Insane asylums in Bengal annual reports 1867-1875 - 1867-1875
Year: 1867
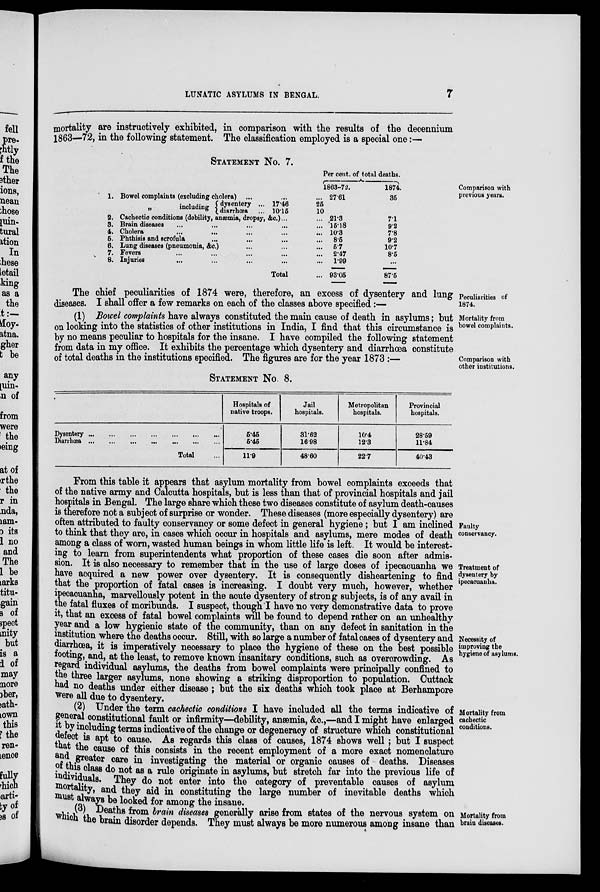
LUNATIC ASYLUMS IN BENGAL.
7
mortality are instructively exhibited, in comparison with the results of the decennium
1863—72, in the following statement. The classification employed is a special one:—
Comparison with
previous years.
STATEMENT No. 7.
1. Bowel complaints (excluding cholera) ... ...
„
including
dysentery ... 17.46
diarrhœa
... 10.15
2. Cachectic conditions (debility, anæmia, dropsy, &c.) ...
3. Brain diseases ... ... ... ...
4. Cholera ... ... ... ...
6. Phthisis and scrofula ... ... ...
6. Lung diseases (pneumonia, &c.) ... ...
7. Fevers ... ... ... ...
8. Injuries ... ... ... ...
Total
Per cent. of total deaths.
1863-72.
... 27.61
25
10
... 213
... 15.18
... 10.3
...
8.5
...
5.7
...
2.47
...
1.99
... 93.05
1874.
35
7.1
9.2
7.8
9.2
10.7
8.5
...
87.5
Peculiarities of
1874.
The chief peculiarities of 1874 were, therefore, an excess of dysentery and lung
diseases. I shall offer a few remarks on each of the classes above specified :—
Mortality from
bowel complaints.
(1) Bowel complaints have always constituted the main cause of death in asylums; but
on looking into the statistics of other institutions in India, I find that this circumstance is
by no means peculiar to hospitals for the insane. I have compiled the following statement
from data in my office. It exhibits the percentage which dysentery and diarrhœa constitute
of total deaths in the institutions specified. The figures are for the year 1873 :—
Comparison with
other institutions.
STATEMENT No. 8.
Dysentery
...
...
...
...
...
...
...
Diarrhœa
...
...
...
...
...
...
...
Total ...
Hospitals of
native troops.
5.45
5.45
11.9
Jail
hospitals.
31.62
16.98
48.60
Metropolitan
hospitals.
10.4
12.3
22.7
Provincial
hospitals.
28.59
11.84
40.43
Faulty
conservancy.
Treatment of
dysentery by
ipecacuanha.
Necessity of
improving the
hygiene of asylums.
From this table it appears that asylum mortality from bowel complaints exceeds that
of the native army and Calcutta hospitals, but is less than that of provincial hospitals and jail
hospitals in Bengal. The large share which these two diseases constitute of asylum death-causes
is therefore not a subject of surprise or wonder. These diseases (more especially dysentery) are
often attributed to faulty conservancy or some defect in general hygiene ; but I am inclined
to think that they are, in cases which occur in hospitals and asylums, mere modes of death
among a class of worn, wasted human beings in whom little life is left. It would be interest-
ing to learn from superintendents what proportion of these cases die soon after admis-
sion. It is also necessary to remember that in the use of large doses of ipecacuanha we
have acquired a new power over dysentery. It is consequently disheartening to find
that the proportion of fatal cases is increasing. I doubt very much, however, whether
ipecacuanha, marvellously potent in the acute dysentery of strong subjects, is of any avail in
the fatal fluxes of moribunds. I suspect, though I have no very demonstrative data to prove
it, that an excess of fatal bowel complaints will be found to depend rather on an unhealthy
year and a low hygienic state of the community, than on any defect in sanitation in the
institution where the deaths occur. Still, with so large a number of fatal cases of dysentery and
diarrhœa, it is imperatively necessary to place the hygiene of these on the best possible
footing, and, at the least, to remove known insanitary conditions, such as overcrowding. As
regard individual asylums, the deaths from bowel complaints were principally confined to
the three larger asylums, none showing a striking disproportion to population. Cuttack
had no deaths under either disease ; but the six deaths which took place at Berhampore
were all due to dysentery.
Mortality from
cachectic
conditions.
(2) Under the term cachectic conditions I have included all the terms indicative of
general constitutional fault or infirmity—debility, anæmia, &c.,—and I might have enlarged
it by including terms indicative of the change or degeneracy of structure which constitutional
defect is apt to cause. As regards this class of causes, 1874 shows well; but I suspect
that the cause of this consists in the recent employment of a more exact nomenclature
and greater care in investigating the material or organic causes of deaths. Diseases
of t h i s c l a s s do not as a rule originate in asylums, but stretch far into the previous life of
individuals. They do not enter into the category of preventable causes of asylum
mortality, and they aid in constituting the large number of inevitable deaths which
must always be looked for among the insane.
Mortality from
brain diseases.
(3) Deaths from brain diseases generally arise from states of the nervous system on
which the brain disorder depends. They must always be more numerous among insane than